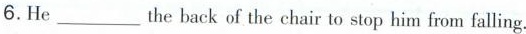
6.He ___the back of the chair to stop him from falling.